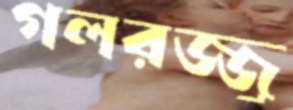
গলরজ্জু